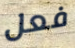
فعل